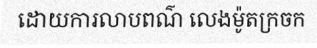
ដោយការលាបពណ៌ លេងម៉ូតក្រចក